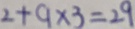
2 + 9 \times 3 = 2 9